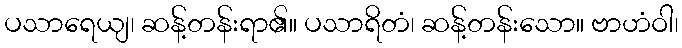
ပသာရေယျ၊ ဆန့်တန်းရာ၏။ ပသာရိတံ၊ ဆန့်တန်းသော။ ဗာဟံဝါ၊